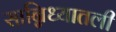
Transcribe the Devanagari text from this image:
सान्निध्यातली